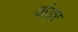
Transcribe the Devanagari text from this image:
यांडर